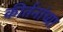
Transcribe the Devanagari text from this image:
कीर्तनांच्या